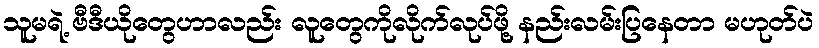
သူမရဲ့ ဗီဒီယိုတွေဟာလည်း လူတွေကိုလိုက်လုပ်ဖို့ နည်းလမ်းပြနေတာ မဟုတ်ပဲ